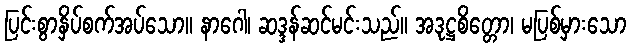
ပြင်းစွာနှိပ်စက်အပ်သော။ နာဂေါ၊ ဆဒ္ဒန်ဆင်မင်းသည်။ အဒုဋ္ဌစိတ္တော၊ မပြစ်မှားသော